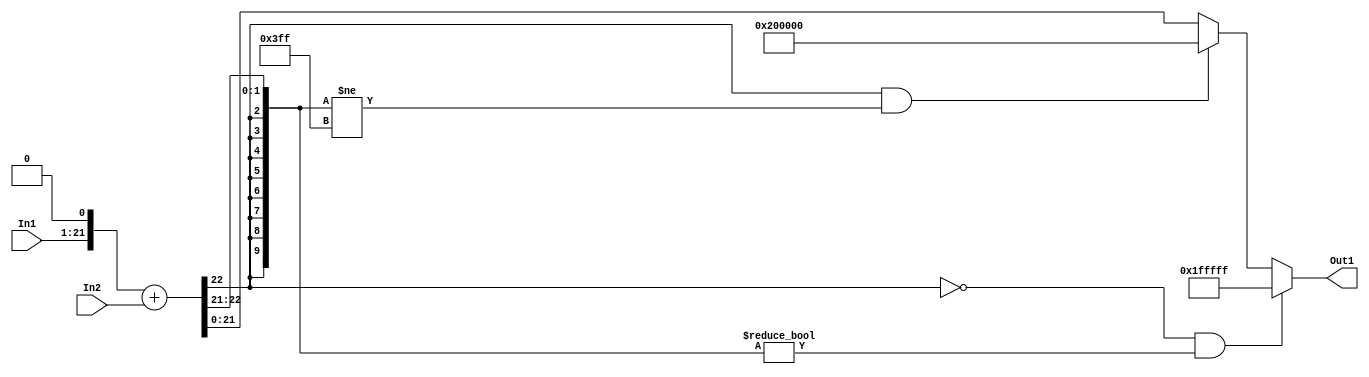
// -------------------------------------------------------------
// 
// 
// Generated by MATLAB 9.14 and HDL Coder 4.1
// 
// -------------------------------------------------------------


// -------------------------------------------------------------
// 
// Module: sumb4_1
// Source Path: FP_sub/fp model/FIR_section_1/sumb4_1
// Hierarchy Level: 2
// 
// -------------------------------------------------------------

`timescale 1 ns / 1 ns

module sumb4_1
          (In2,
           In1,
           Out1);


  input   signed [21:0] In2;  // sfix22_En14
  input   signed [20:0] In1;  // sfix21_En13
  output  signed [21:0] Out1;  // sfix22_En14


  wire signed [31:0] sumb4_add_cast;  // sfix32_En14
  wire signed [31:0] sumb4_add_cast_1;  // sfix32_En14
  wire signed [31:0] sumb4_add_temp;  // sfix32_En14
  wire signed [21:0] sumb4_out1;  // sfix22_En14


  assign sumb4_add_cast = {{10{In1[20]}}, {In1, 1'b0}};
  assign sumb4_add_cast_1 = {{10{In2[21]}}, In2};
  assign sumb4_add_temp = sumb4_add_cast + sumb4_add_cast_1;
  assign sumb4_out1 = ((sumb4_add_temp[31] == 1'b0) && (sumb4_add_temp[30:21] != 10'b0000000000) ? 22'sb0111111111111111111111 :
              ((sumb4_add_temp[31] == 1'b1) && (sumb4_add_temp[30:21] != 10'b1111111111) ? 22'sb1000000000000000000000 :
              $signed(sumb4_add_temp[21:0])));



  assign Out1 = sumb4_out1;

endmodule  // sumb4_1